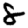
Digit: 8